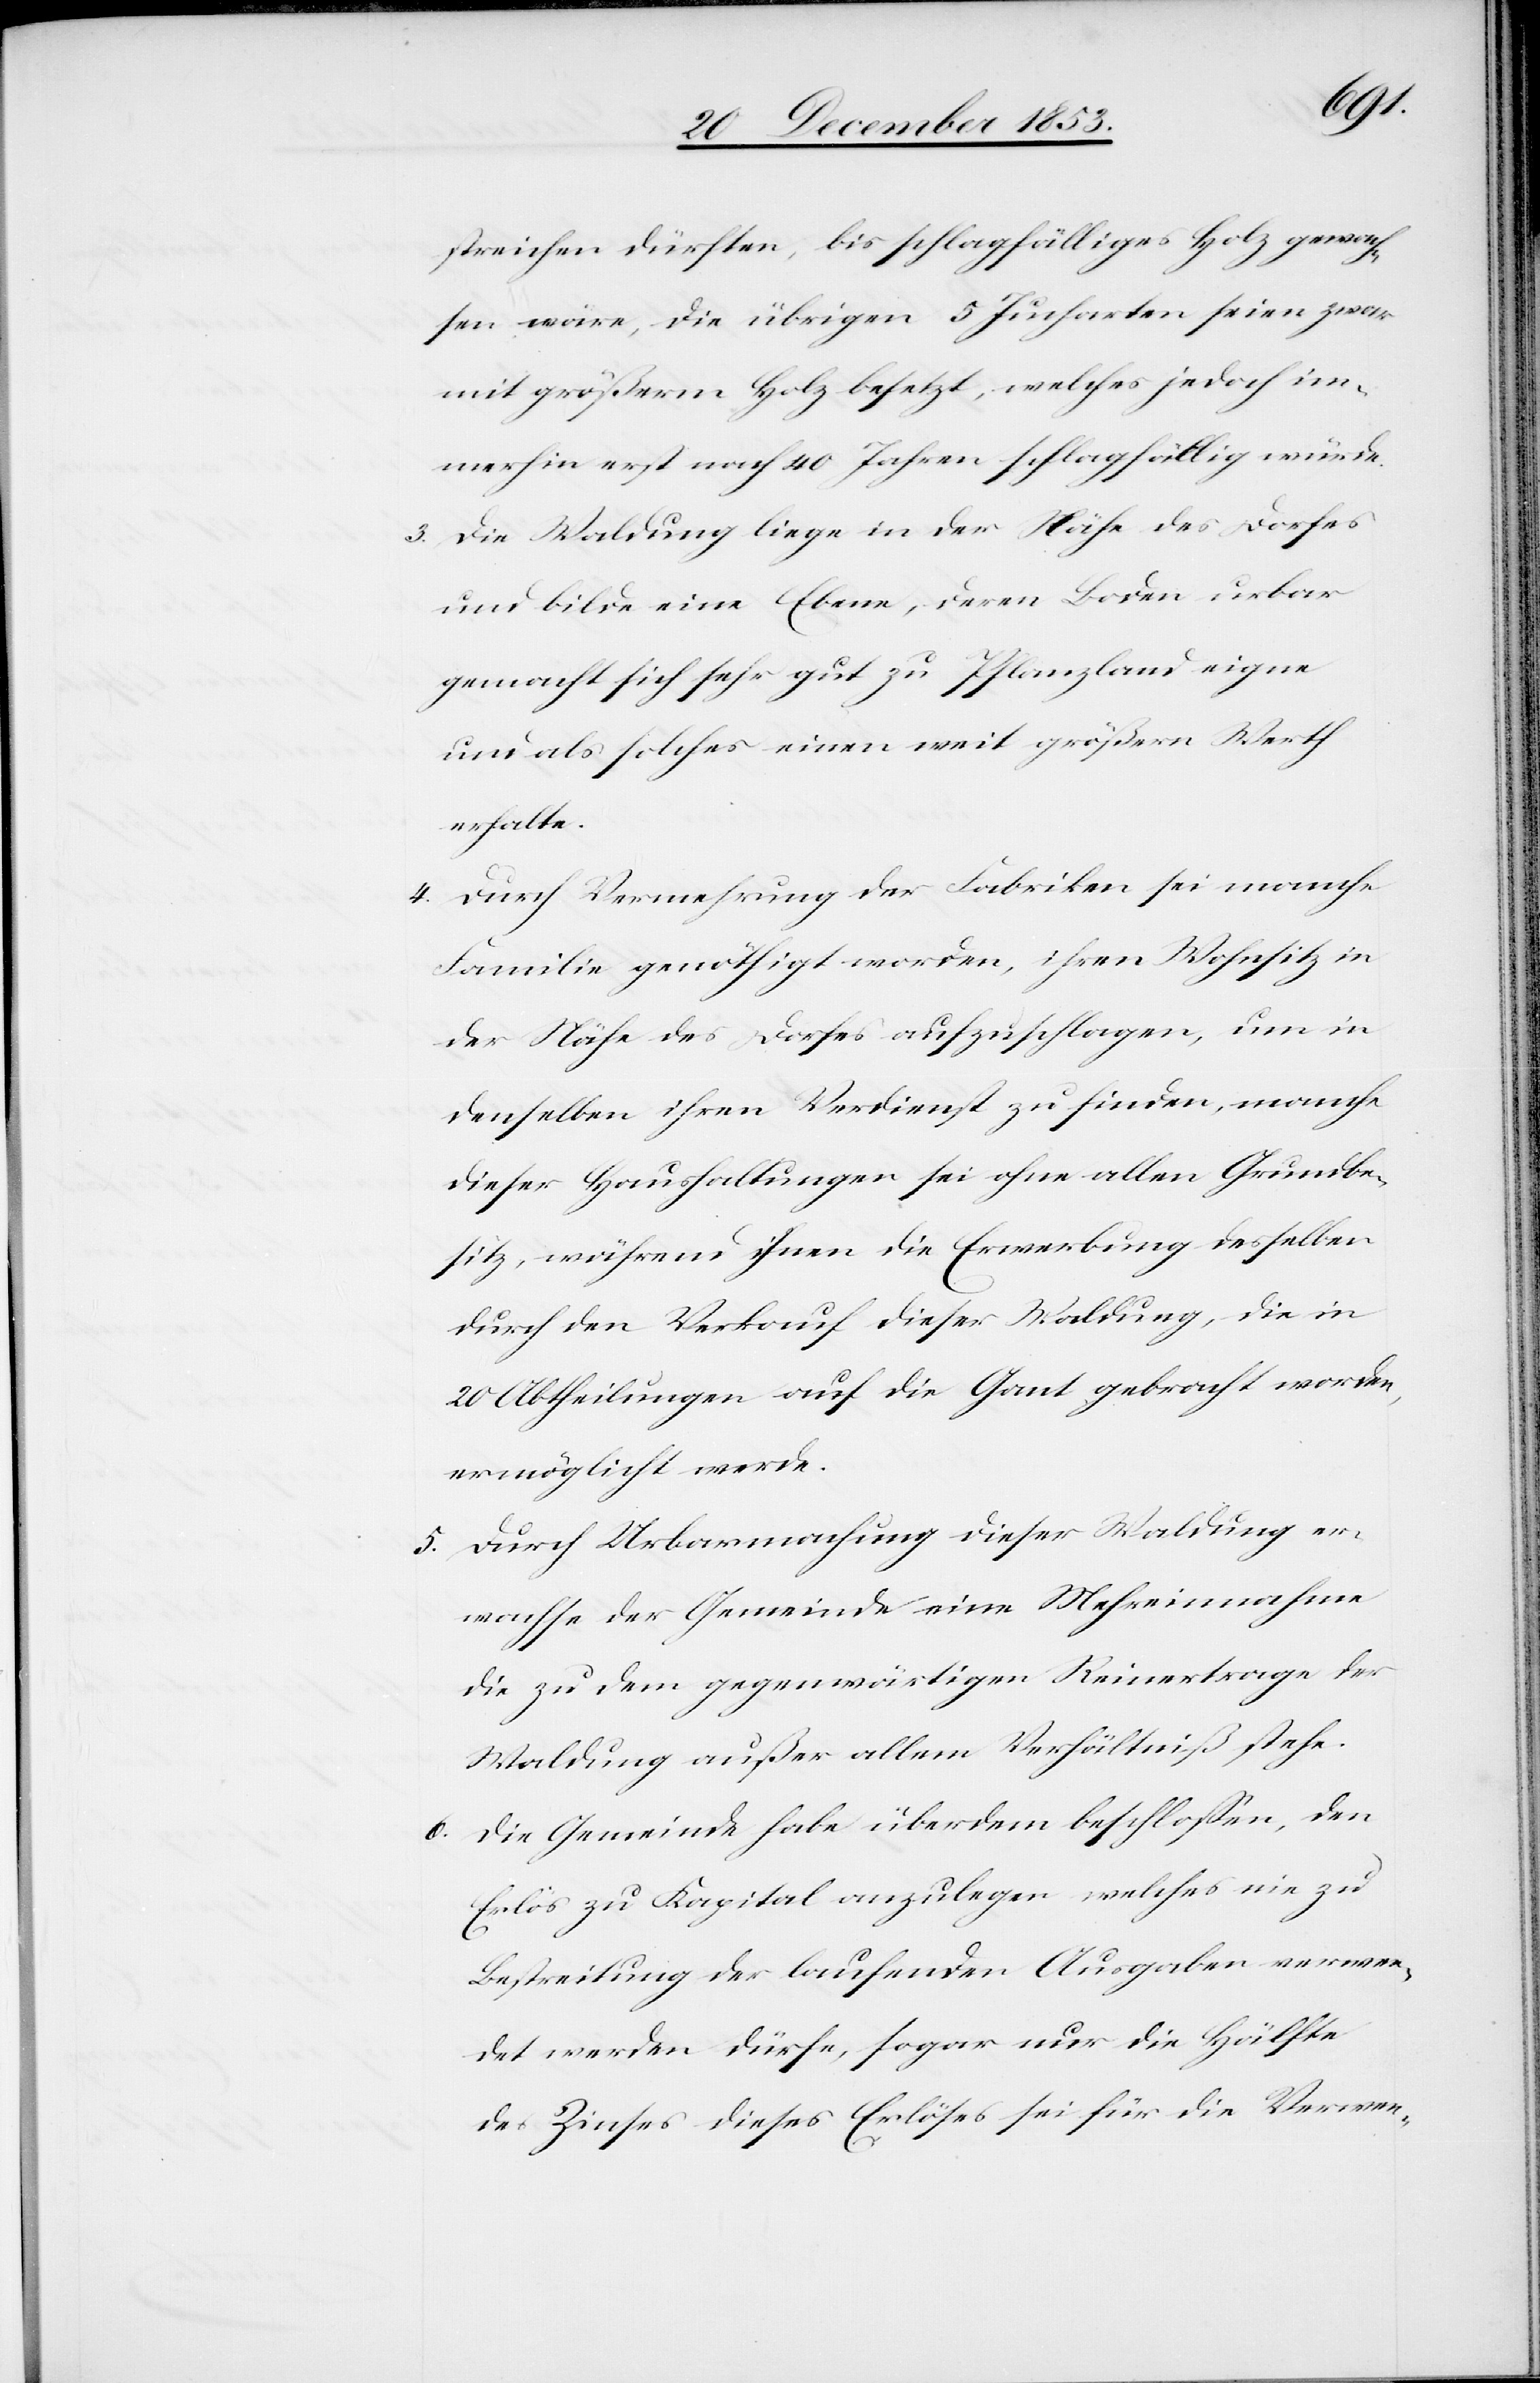
streichen dürften, bis schlagfälliges Holz gewach¬
sen wäre, die übrigen 5 Jucharten seien zwar
mit größerm Holz besetzt, welches jedoch im¬
merhin erst nach 40 Jahren schlagfällig würde.
3. Die Waldung liege in der Nähe des Dorfes
und bilde eine Ebene, deren Boden urbar
gemacht sich sehr gut zu Pflanzland eigne
und als solches einen weit größern Werth
erhalte.
4. Durch Vermehrung der Fabriken sei manche
Familie genöthigt worden, ihren Wohnsitz in
der Nähe des Dorfes aufzuschlagen, um in
denselben ihren Verdienst zu finden, manche
dieser Haushaltungen sei ohne allen Grundbe¬
sitz, während ihnen die Erwerbung desselben
durch den Verkauf dieser Waldung, die in
20 Abtheilungen auf die Gant gebracht worden,
ermöglicht werde.
5. Durch Urbarmachung dieser Waldung er¬
wachse der Gemeinde eine Mehreinnahme
die zu dem gegenwärtigen Reinertrage der
Waldung außer allem Verhältniß stehe.
6. Die Gemeinde habe überdem beschloßen, den
Erlös zu Kapital anzulegen welches wie zu
Bestreitung der laufenden Ausgaben verwen¬
det werden dürfe, sogar nur die Hälfte
des Zinses dieses Erlöses sei für die Verwen-